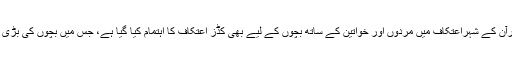
تحریک منہاج القرآن کے شہراعتکاف میں مردوں اور خواتین کے ساتھ بچوں کے لیے بھی کڈز اعتکاف کا اہتمام کیا گیا ہے، جس میں بچوں کی بڑی تعداد شریک ہے۔